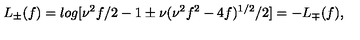
L _ { \pm } ( f ) = l o g [ \nu ^ { 2 } f / 2 - 1 \pm \nu ( \nu ^ { 2 } f ^ { 2 } - 4 f ) ^ { 1 / 2 } / 2 ] = - L _ { \mp } ( f ) ,